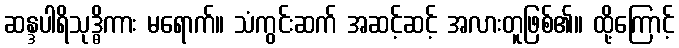
ဆန္ဒပါရိသုဒ္ဓိကား မရောက်။ သံကွင်းဆက် အဆင့်ဆင့် အလားတူဖြစ်၏။ ထို့ကြောင့်